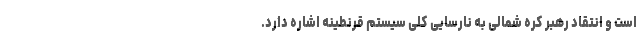
است و انتقاد رهبر کره شمالی به نارسایی کلی سیستم قرنطینه اشاره دارد.